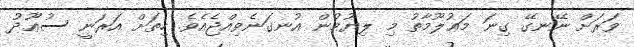
ވަރަށް ނޭނގޭ ގިނަ މަޢުލޫމާތު މި ލިޔުމުން އުނގަނެވިއްޖެއެވެ. ހިތަށް އަރަނީ ސުޢޫދު